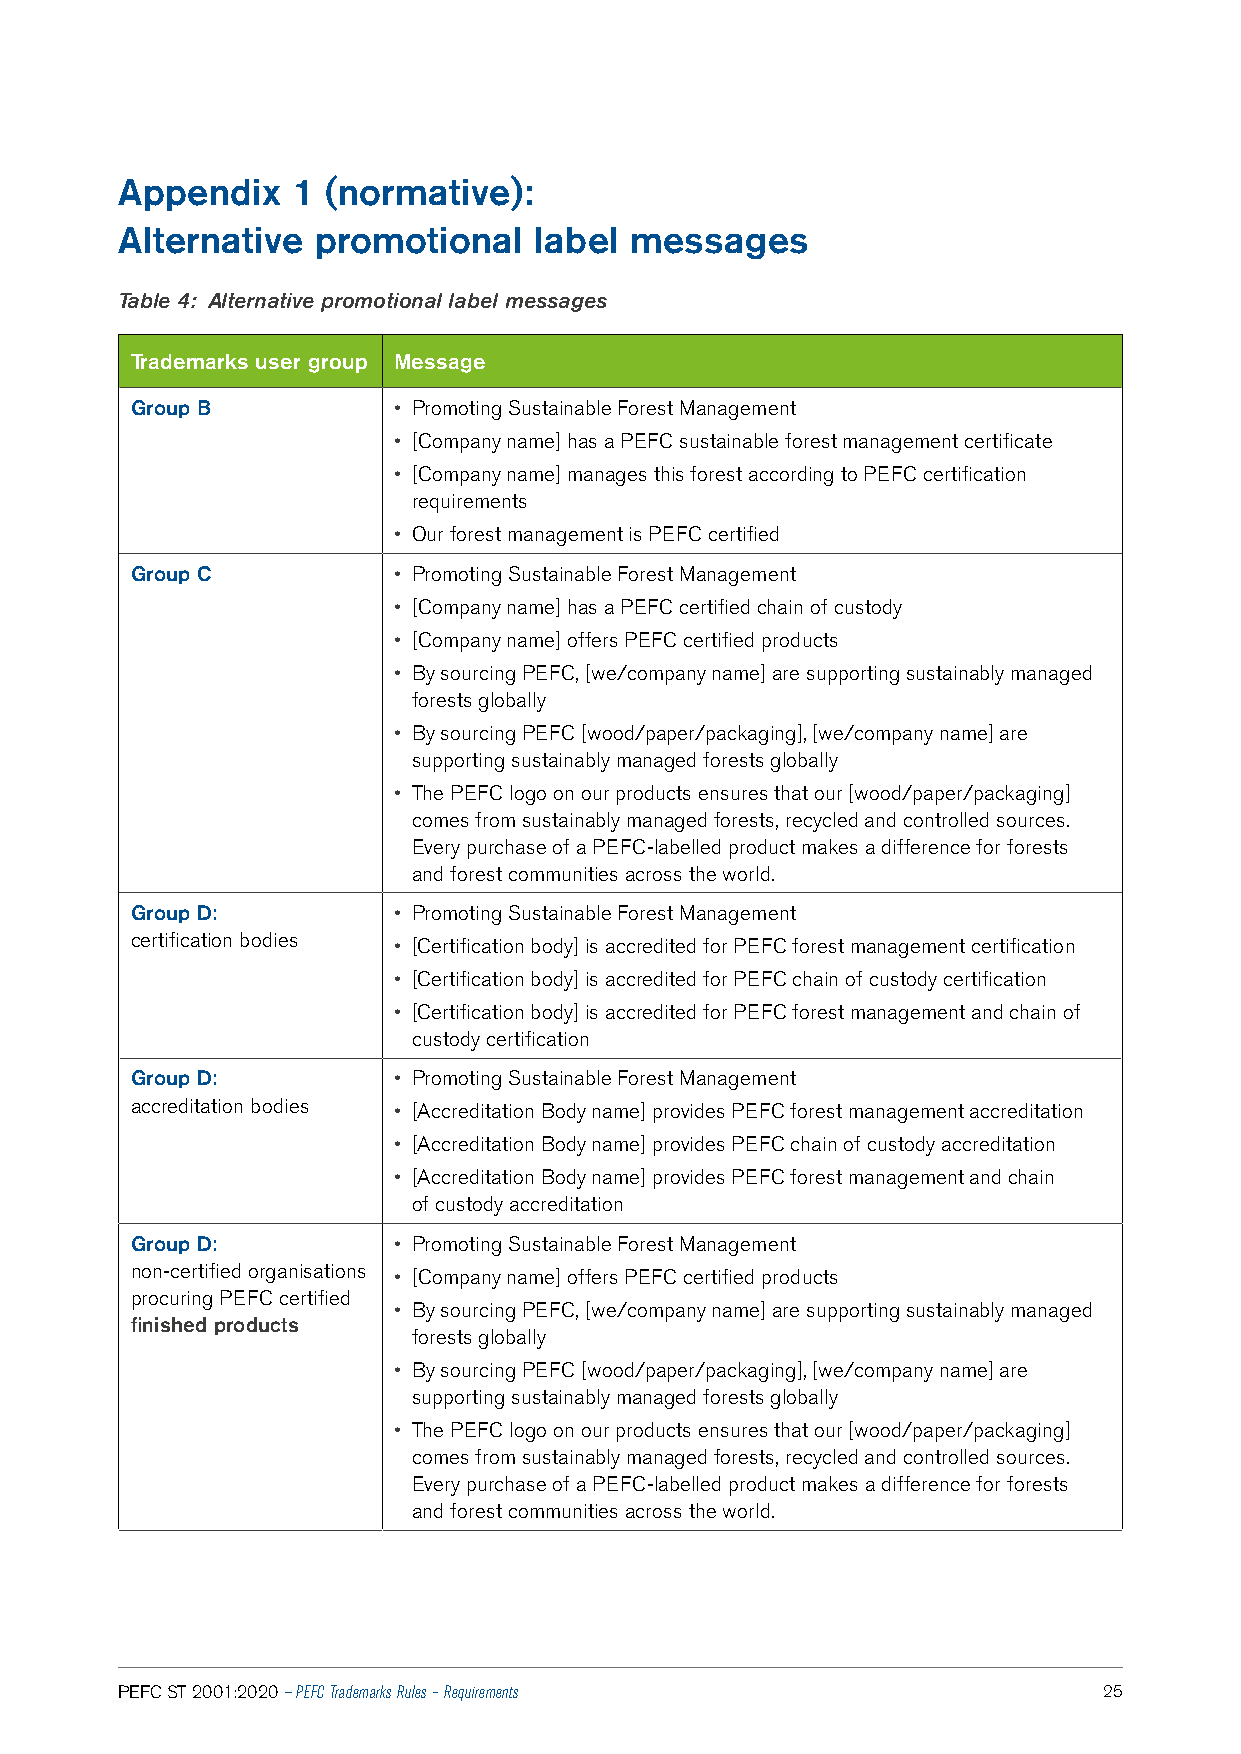
Appendix   1  (normative):
 Alternative  promotional   label  messages
 Table 4: Alternative promotional label messages
 Trademarks user group Message
 Group B          • Promoting Sustainable Forest Management
 • [Company name] has a PEFC sustainable forest management certificate
 • [Company name] manages this forest according to PEFC certification
 requirements
 • Our forest management is PEFC certified
 Group C          • Promoting Sustainable Forest Management
 • [Company name] has a PEFC certified chain of custody
 • [Company name] offers PEFC certified products
 • By sourcing PEFC, [we/company name] are supporting sustainably managed
 forests globally
 • By sourcing PEFC [wood/paper/packaging], [we/company name] are
 supporting sustainably managed forests globally
 • The PEFC logo on our products ensures that our [wood/paper/packaging]
 comes from sustainably managed forests, recycled and controlled sources.
 Every purchase of a PEFC-labelled product makes a difference for forests
 and forest communities across the world.
 Group D:         • Promoting Sustainable Forest Management
 certification bodies • [Certification body] is accredited for PEFC forest management certification
 • [Certification body] is accredited for PEFC chain of custody certification
 • [Certification body] is accredited for PEFC forest management and chain of
 custody certification
 Group D:         • Promoting Sustainable Forest Management
 accreditation bodies • [Accreditation Body name] provides PEFC forest management accreditation
 • [Accreditation Body name] provides PEFC chain of custody accreditation
 • [Accreditation Body name] provides PEFC forest management and chain
 of custody accreditation
 Group D:         • Promoting Sustainable Forest Management
 non-certified organisations • [Company name] offers PEFC certified products
 procuring PEFC certified
 • By sourcing PEFC, [we/company name] are supporting sustainably managed
 finished products
 forests globally
 • By sourcing PEFC [wood/paper/packaging], [we/company name] are
 supporting sustainably managed forests globally
 • The PEFC logo on our products ensures that our [wood/paper/packaging]
 comes from sustainably managed forests, recycled and controlled sources.
 Every purchase of a PEFC-labelled product makes a difference for forests
 and forest communities across the world.
 PEFC ST 2001:2020 — PEFC Trademarks Rules – Requirements         25